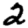
Digit: 2